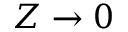
Z \rightarrow 0